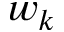
w _ { k }